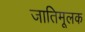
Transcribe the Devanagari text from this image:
जातिमूलक